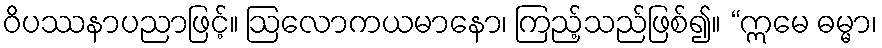
ဝိပဿနာပညာဖြင့်။ ဩလောကယမာနော၊ ကြည့်သည်ဖြစ်၍။ “ဣမေ ဓမ္မာ၊